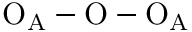
\mathrm { O _ { A } - O - O _ { A } }